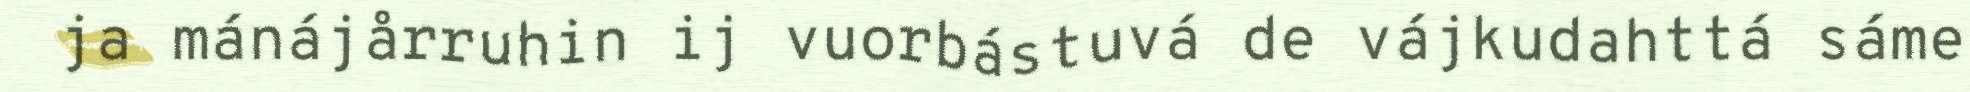
ja mánájårruhin ij vuorbástuvá de vájkudahttá sáme